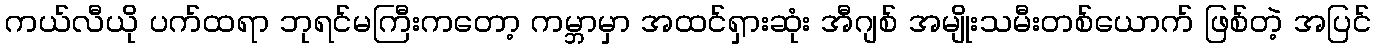
ကယ်လီယို ပက်ထရာ ဘုရင်မကြီးကတော့ ကမ္ဘာမှာ အထင်ရှားဆုံး အီဂျစ် အမျိုးသမီးတစ်ယောက် ဖြစ်တဲ့ အပြင်